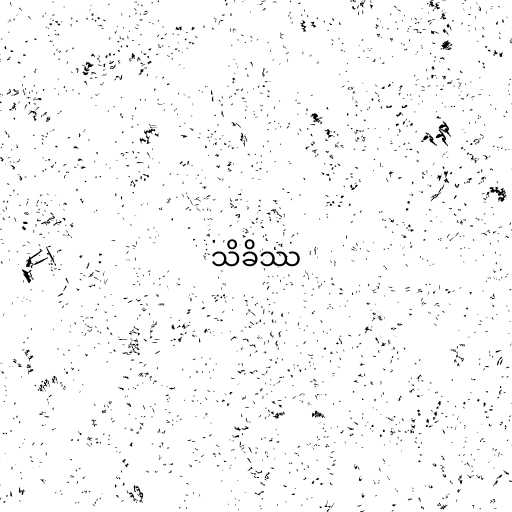
သိခိဿ